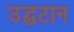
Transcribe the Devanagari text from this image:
उद्घटान